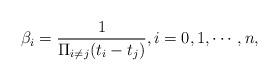
LaTeX: \begin{align*}\beta_{i}=\frac{1}{\Pi_{i\neq j}(t_{i} - t_{j})}, i=0,1, \cdots, n, \end{align*}